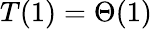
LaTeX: T(1)=\Theta(1)